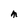
Character: M